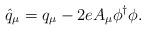
\begin{align*}\hat{q}_{\mu}={q}_{\mu}-2eA_{\mu}\phi^{\dagger}\phi.\end{align*}